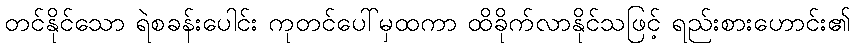
တင်နိုင်သော ရဲစခန်းပေါင်း ကုတင်ပေါ်မှထကာ ထိခိုက်လာနိုင်သဖြင့် ရည်းစားဟောင်း၏